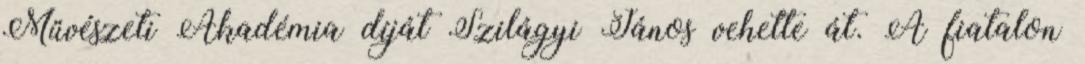
Művészeti Akadémia díját Szilágyi János vehette át. A fiatalon